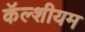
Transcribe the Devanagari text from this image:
कॅल्शीयम